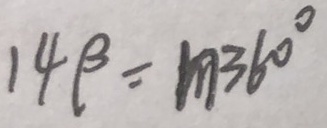
1 4 \beta = m 3 6 0 ^ { \circ }